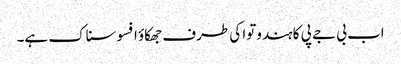
اب بی جے پی کا ہندوتوا کی طرف جھکاؤ افسوسناک ہے۔